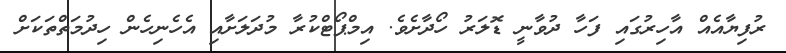
ރުފިޔާއެއް އާހިރުގައި ފަހާ ދުވާނީ ޑޮލަރު ހޯދާށެވެ. އިމްޕޯޓްކުރާ މުދަލަށާއި އެހެނިހެން ހިދުމަތްތަކަށް